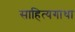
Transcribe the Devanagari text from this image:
साहित्यगाथा